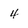
Character: 4